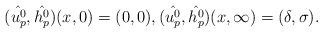
LaTeX: \begin{align*} (\hat{u_p^0},\hat{h_p^0})(x,0)=(0,0), (\hat{u_p^0},\hat{h_p^0})(x,\infty)=(\delta,\sigma).\end{align*}